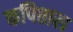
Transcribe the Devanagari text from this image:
कपिताल